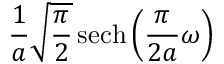
{ \frac { 1 } { a } } { \sqrt { \frac { \pi } { 2 } } } \operatorname { s e c h } \left( { \frac { \pi } { 2 a } } \omega \right)